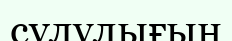
сүлулығын